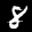
Label: 8